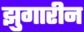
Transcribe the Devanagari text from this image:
झुगारीन